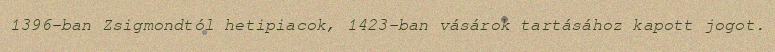
1396-ban Zsigmondtól hetipiacok, 1423-ban vásárok tartásához kapott jogot.